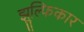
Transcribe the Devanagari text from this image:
झुल्फिकार